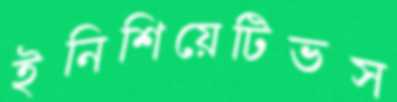
ইনিশিয়েটিভস